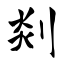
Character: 剡